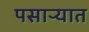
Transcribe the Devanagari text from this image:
पसाऱ्यात